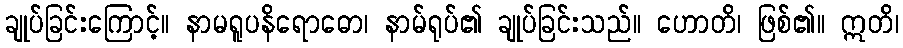
ချုပ်ခြင်းကြောင့်။ နာမရူပနိရောဓော၊ နာမ်ရုပ်၏ ချုပ်ခြင်းသည်။ ဟောတိ၊ ဖြစ်၏။ ဣတိ၊